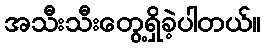
အသီးသီးတွေ့ရှိခဲ့ပါတယ်။